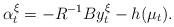
LaTeX: \begin{align*}\alpha_t^{\xi}=-R^{-1}By_t^{\xi}-h(\mu_t).\end{align*}